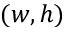
( w , h )